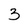
Character: 3